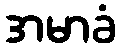
အမာခံ